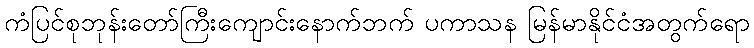
ကံပြင်စုဘုန်းတော်ကြီးကျောင်းနောက်ဘက် ပကာသန မြန်မာနိုင်ငံအတွက်ရော